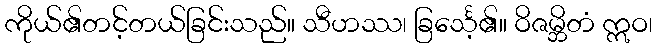
ကိုယ်၏တင့်တယ်ခြင်းသည်။ သီဟဿ၊ ခြင်္သေ့၏။ ဝိဇမ္ဘိတံ ဣဝ၊